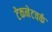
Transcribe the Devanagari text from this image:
टेकनेटवर्क